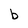
Character: b